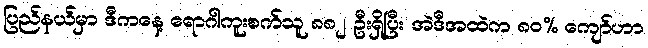
ပြည်နယ်မှာ ဒီကနေ့ ရောဂါကူးစက်သူ ၈၈၂ ဦးရှိပြီး အဲဒီအထဲက ၈၀% ကျော်ဟာ